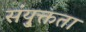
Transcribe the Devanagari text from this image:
संयु्क्तता